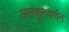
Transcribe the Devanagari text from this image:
अलंकृतवर्णन